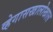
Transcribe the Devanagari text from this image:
व्हेगासखालोखाल